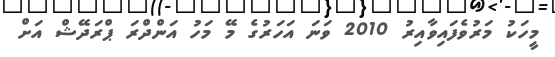
މީހަކު މަރުވެފައިވާއިރު 2010 ވަނަ އަހަރުގެ މޭ މަހު އަންދްރަ ޕްރަދޭޝް އަށް